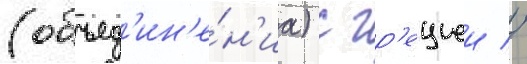
(объед'ин'е́н'иа) с гр'ециеи //